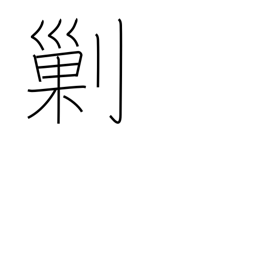
Meaning: destroy